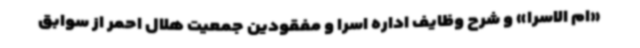
«ام الاسرا» و شرح وظایف اداره اسرا و مفقودین جمعیت هلال احمر از سوابق